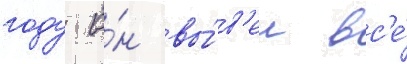
году о́н вы́в'ел вс'е́